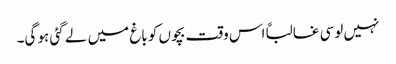
نہیں لوسی غالباًاس وقت بچوں کو باغ میں لے گئی ہو گی۔